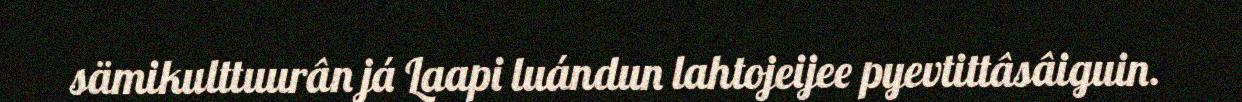
sämikulttuurân já Laapi luándun lahtojeijee pyevtittâsâiguin.